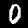
Digit: 0